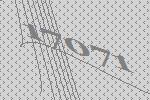
17071